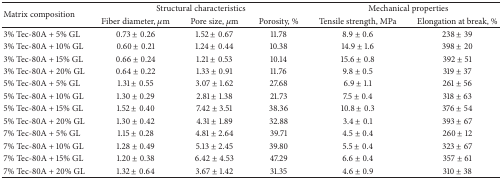
| <ROWSPAN=2> Matrix composition | <COLSPAN=3> Structural characteristics | <COLSPAN=2> Mechanical properties |
 | Fiber diameter, μm | Pore size, μm | Porosity, % | Tensile strength, MPa | Elongation at break, % |
 | --- | --- | --- | --- | --- | --- |
 | 3% Tec-80A + 5% GL | 0.73 ± 0.26 | 1.52 ± 0.67 | 11.78 | 8.9 ± 0.6 | 238 ± 39 |
 | 3% Tec-80A + 10% GL | 0.60 ± 0.21 | 1.24 ± 0.44 | 10.38 | 14.9 ± 1.6 | 398 ± 20 |
 | 3% Tec-80A + 15% GL | 0.66 ± 0.24 | 1.21 ± 0.53 | 10.14 | 15.6 ± 0.8 | 392 ± 51 |
 | 3% Tec-80A + 20% GL | 0.64 ± 0.22 | 1.33 ± 0.91 | 11.76 | 9.8 ± 0.5 | 319 ± 37 |
 | 5% Tec-80A + 5% GL | 1.31 ± 0.55 | 3.07 ± 1.62 | 27.68 | 6.9 ± 1.1 | 261 ± 56 |
 | 5% Tec-80A + 10% GL | 1.30 ± 0.29 | 2.81 ± 1.38 | 21.73 | 7.5 ± 0.4 | 318 ± 63 |
 | 5% Tec-80A + 15% GL | 1.52 ± 0.40 | 7.42 ± 3.51 | 38.36 | 10.8 ± 0.3 | 376 ± 54 |
 | 5% Tec-80A + 20% GL | 1.30 ± 0.42 | 4.31 ± 1.89 | 32.88 | 3.4 ± 0.1 | 393 ± 67 |
 | 7% Tec-80A + 5% GL | 1.15 ± 0.28 | 4.81 ± 2.64 | 39.71 | 4.5 ± 0.4 | 260 ± 12 |
 | 7% Tec-80A + 10% GL | 1.28 ± 0.49 | 5.13 ± 2.45 | 39.80 | 5.5 ± 0.4 | 323 ± 67 |
 | 7% Tec-80A + 15% GL | 1.20 ± 0.38 | 6.42 ± 4.53 | 47.29 | 6.6 ± 0.4 | 357 ± 61 |
 | 7% Tec-80A + 20% GL | 1.32 ± 0.64 | 3.67 ± 1.42 | 31.35 | 4.6 ± 0.9 | 310 ± 38 |